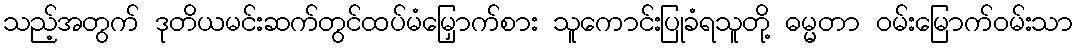
သည့်အတွက် ဒုတိယမင်းဆက်တွင်ထပ်မံမြှောက်စား သူကောင်းပြုခံရသူတို့ ဓမ္မတာ ဝမ်းမြောက်ဝမ်းသာ